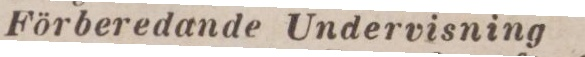
Förberedande Undervisning